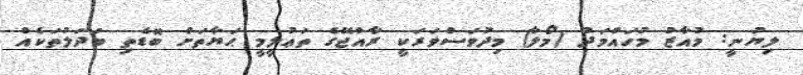
ލިޔުނީ: މުއާޒު މުހައްމަދު (މޯލާ) މިދުވަސްވަރަކީ ރާއްޖޭގެ ތަޢުލީމީ ޙަޔާތަށް ބޮޑެތި ބަދަލުތަކެއް